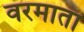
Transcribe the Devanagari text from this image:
वरमाता